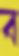
ব